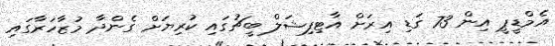
އެމްޑީޕީ އިން 73 ގަޑި އިރަށް އާޓިފިޝަލް ބީޗުގައި ކުރިޔަށް ގެންދާ މުޒާހަރާގައި